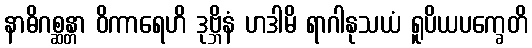
နာဓိဂစ္ဆန္တာ ဝိကာရေဟိ ဒုဗ္ဘိနံ ဟဒါမိ ရာဂါနုသယံ ရူပိယပက္ခေတိ